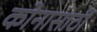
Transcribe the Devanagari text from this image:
कोनासाठी